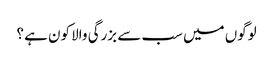
لوگوں میں سب سے بزرگی والا کون ہے ؟